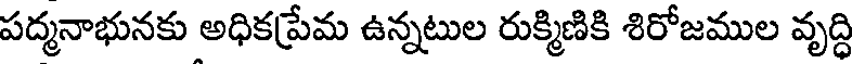
పద్మనాభునకు అధికప్రేమ ఉన్నటుల రుక్మిణికి శిరోజముల వృద్ధి